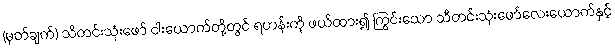
(မှတ်ချက်) သီတင်းသုံးဖော် ငါးယောက်တို့တွင် ရဟန်းကို ဖယ်ထား၍ ကြွင်းသော သီတင်းသုံးဖော်လေးယောက်နှင့်